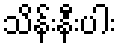
သိန်းနီးပါး